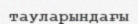
тауларындағы